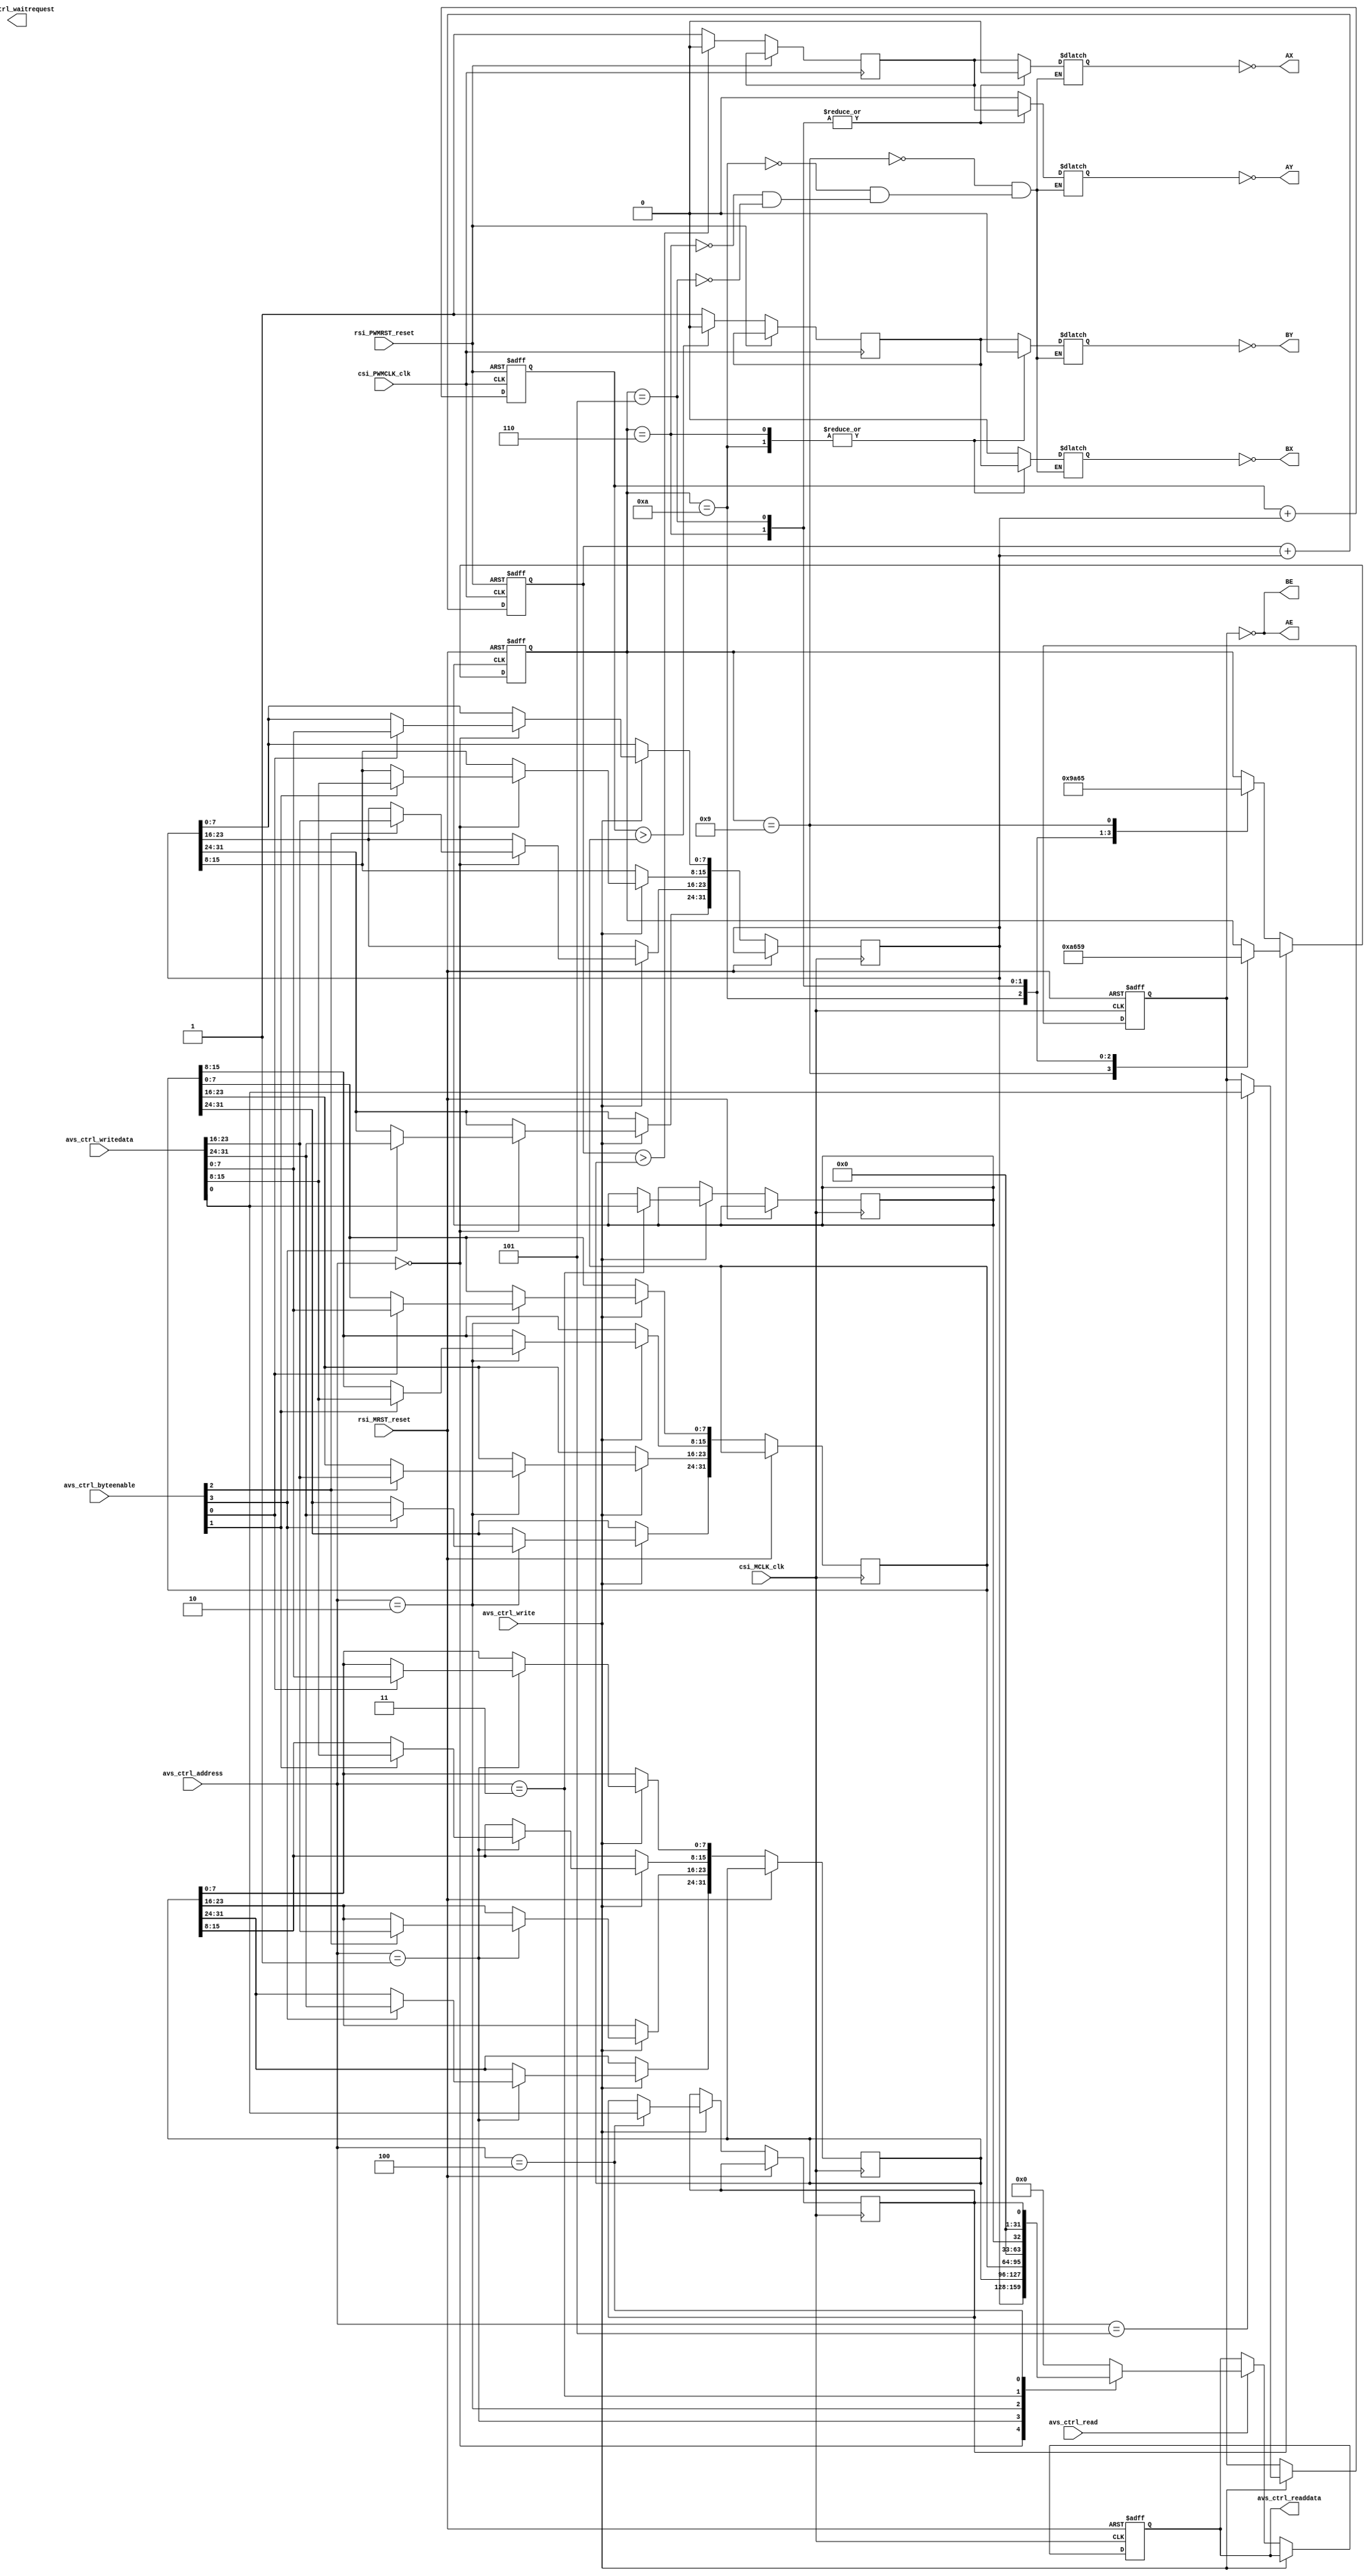
module subdivision_step_motor_driver (
// Qsys bus interface	
		input					rsi_MRST_reset,
		input					csi_MCLK_clk,
		input		[31:0]	avs_ctrl_writedata,
		output	[31:0]	avs_ctrl_readdata,
		input		[3:0]		avs_ctrl_byteenable,
		input		[2:0]		avs_ctrl_address,
		input					avs_ctrl_write,
		input					avs_ctrl_read,
		output				avs_ctrl_waitrequest,
		
		input					rsi_PWMRST_reset,
      input					csi_PWMCLK_clk,
// step motor interface
		output AX,
		output AY,
		output BX,
		output BY,
		output AE,
		output BE
	);
	// Qsys bus controller
	reg        step;
	reg        forward_back;
	reg        on_off;
	reg [31:0] PWM_width_A;
	reg [31:0] PWM_width_B;
	reg [31:0] PWM_frequent;
	reg [31:0] read_data;
	assign	avs_ctrl_readdata = read_data;
	always@(posedge csi_MCLK_clk or posedge rsi_MRST_reset)
	begin
		if(rsi_MRST_reset) begin
			read_data <= 0;
			on_off <= 0;
		end
		else if(avs_ctrl_write) 
		begin
			case(avs_ctrl_address)
				0: begin
					if(avs_ctrl_byteenable[3]) PWM_frequent[31:24] <= avs_ctrl_writedata[31:24];
					if(avs_ctrl_byteenable[2]) PWM_frequent[23:16] <= avs_ctrl_writedata[23:16];
					if(avs_ctrl_byteenable[1]) PWM_frequent[15:8] <= avs_ctrl_writedata[15:8];
					if(avs_ctrl_byteenable[0]) PWM_frequent[7:0] <= avs_ctrl_writedata[7:0];
				end
				1: begin
					if(avs_ctrl_byteenable[3]) PWM_width_A[31:24] <= avs_ctrl_writedata[31:24];
					if(avs_ctrl_byteenable[2]) PWM_width_A[23:16] <= avs_ctrl_writedata[23:16];
					if(avs_ctrl_byteenable[1]) PWM_width_A[15:8] <= avs_ctrl_writedata[15:8];
					if(avs_ctrl_byteenable[0]) PWM_width_A[7:0] <= avs_ctrl_writedata[7:0];
				end
				2: begin
					if(avs_ctrl_byteenable[3]) PWM_width_B[31:24] <= avs_ctrl_writedata[31:24];
					if(avs_ctrl_byteenable[2]) PWM_width_B[23:16] <= avs_ctrl_writedata[23:16];
					if(avs_ctrl_byteenable[1]) PWM_width_B[15:8] <= avs_ctrl_writedata[15:8];
					if(avs_ctrl_byteenable[0]) PWM_width_B[7:0] <= avs_ctrl_writedata[7:0];
				end
				3: step <= avs_ctrl_writedata[0];
				4: forward_back <= avs_ctrl_writedata[0];
				5: on_off <= avs_ctrl_writedata[0];
				default:;
			endcase
	   end
		else if(avs_ctrl_read)
		begin
			case(avs_ctrl_address)
				0: read_data <= PWM_frequent;
				1: read_data <= PWM_width_A;
				2: read_data <= PWM_width_B;
				3: read_data <= {31'b0,step};
				4: read_data <= {31'b0,forward_back};
				default: read_data <= 32'b0;
			endcase
		end
	end
	
//PWM controller
	reg [31:0] PWM_A;
	reg [31:0] PWM_B;
	reg PWM_out_A;
	reg PWM_out_B;
	always @ (posedge csi_PWMCLK_clk or posedge rsi_PWMRST_reset)
	begin
		if(rsi_PWMRST_reset)
			PWM_A <= 32'b0;
		else
		begin
			PWM_A <= PWM_A + PWM_frequent;
			PWM_out_A <=(PWM_A > PWM_width_A) ? 0:1;   
		end
	end
	always @ (posedge csi_PWMCLK_clk or posedge rsi_PWMRST_reset)
	begin
		if(rsi_PWMRST_reset)
			PWM_B <= 32'b0;
		else
		begin
			PWM_B <= PWM_B + PWM_frequent;
			PWM_out_B <=(PWM_B > PWM_width_B) ? 0:1;   
		end
	end

	// step motor state
	reg [0:3] motor_state;
	always @ (posedge step or posedge rsi_MRST_reset)
	begin
		if(rsi_MRST_reset)
			motor_state	<= 4'b1001;
		else 
		begin
			if(forward_back)
			case(motor_state)
				4'b1001: motor_state<= 4'b1010;
				4'b1010: motor_state<= 4'b0110;
				4'b0110: motor_state<= 4'b0101;
				4'b0101: motor_state<= 4'b1001;
			endcase
			else
			case(motor_state)
				4'b1010: motor_state<= 4'b1001;
				4'b0110: motor_state<= 4'b1010;
				4'b0101: motor_state<= 4'b0110;
				4'b1001: motor_state<= 4'b0101;
			endcase
		end
	end
	
	reg ax, ay, bx, by;
	always @ (motor_state)
	begin 
		case(motor_state)
			4'b1001: begin ax <= PWM_out_A; ay <= 0; bx <= 0; by <= PWM_out_B; end
			4'b1010: begin ax <= PWM_out_A; ay <= 0; bx <= PWM_out_B; by <= 0; end
			4'b0110: begin ax <= 0; ay <= PWM_out_A; bx <= PWM_out_B; by <= 0; end
			4'b0101: begin ax <= 0; ay <= PWM_out_A; bx <= 0; by <= PWM_out_B; end
		endcase
	end

	//output signal
	assign AE = !on_off;
	assign BE = !on_off;
	assign AX = !ax;
	assign AY = !ay;
	assign BX = !bx;
	assign BY =	!by;
	
endmodule